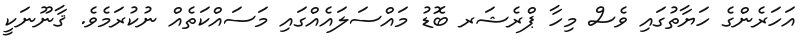
އަހަރެންގެ ހަޔާތުގައި ވެސް މިހާ ޕްރެޝަރ ބޮޑު މައްސަލައެއްގައި މަސައްކަތެއް ނުކުރަމެވެ. ޤާނޫނަކީ